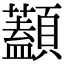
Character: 𩕭